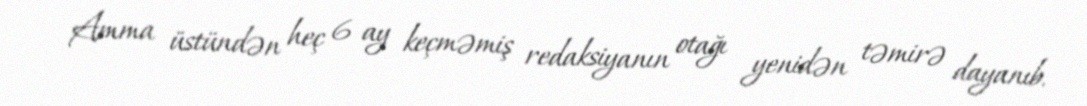
Amma üstündən heç 6 ay keçməmiş redaksiyanın otağı yenidən təmirə dayanıb.